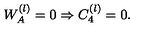
W _ { A } ^ { ( l ) } = 0 \Rightarrow C _ { 4 } ^ { ( l ) } = 0 .